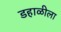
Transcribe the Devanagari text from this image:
डहाळीला